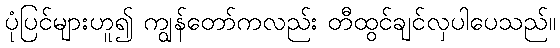
ပုံပြင်များဟူ၍ ကျွန်တော်ကလည်း တီထွင်ချင်လှပါပေသည်။